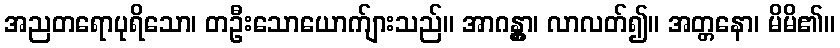
အညတရောပုရိသော၊ တဦးသောယောက်ျားသည်။ အာဂန္တွာ၊ လာလတ်၍။ အတ္တနော၊ မိမိ၏။